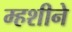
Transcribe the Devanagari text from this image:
म्हशीने